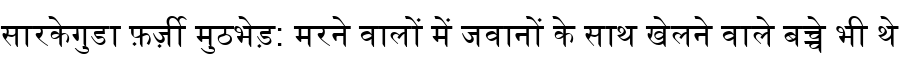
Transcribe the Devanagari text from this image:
सारकेगुडा फ़र्ज़ी मुठभेड़: मरने वालों में जवानों के साथ खेलने वाले बच्चे भी थे